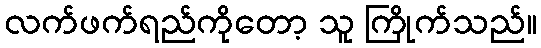
လက်ဖက်ရည်ကိုတော့ သူ ကြိုက်သည်။